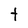
Character: t